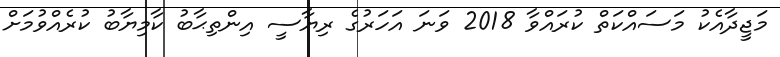
މަޖީދާއެކު މަސައްކަތް ކުރައްވާ 2018 ވަނަ އަހަރުގެ ރިޔާސީ އިންތިޙާބު ކާމިޔާބު ކުރެއްވުމަށް